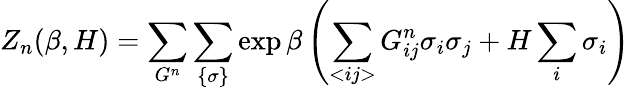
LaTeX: Z_{n}(\beta,H)=\sum_{G^{n}}\sum_{\{ \sigma\} }\exp\beta\left(\sum_{<ij>}G_{ij}^{n}\sigma_{i}\sigma_{j}+H\sum_{i}\sigma_{i}\right)